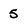
Character: 5